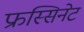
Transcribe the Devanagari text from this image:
फ्रस्सिनेट